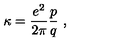
\kappa = \frac { e ^ { 2 } } { 2 \pi } \frac { p } { q } \ ,